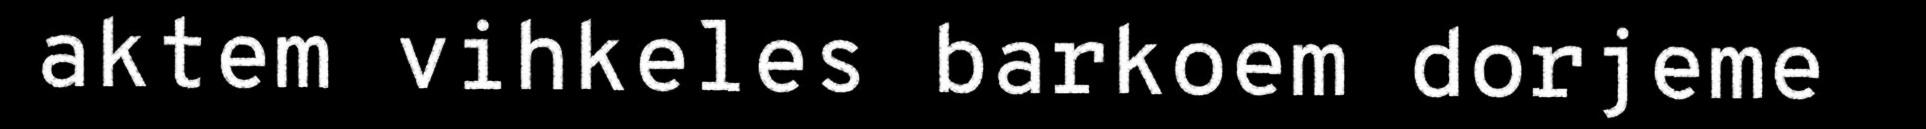
aktem vihkeles barkoem dorjeme